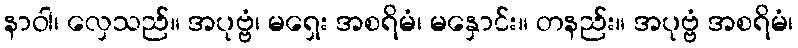
နာဝါ၊ လှေသည်။ အပုဗ္ဗံ၊ မရှေး အစရိမံ၊ မနှောင်း။ တနည်း။ အပုဗ္ဗံ အစရိမံ၊